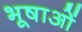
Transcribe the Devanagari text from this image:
भूषाओं